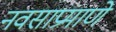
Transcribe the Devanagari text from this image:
नवसाप्रमाणे